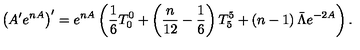
\left( A ^ { \prime } e ^ { n A } \right) ^ { \prime } = e ^ { n A } \left( \frac { 1 } { 6 } T _ { 0 } ^ { 0 } + \left( \frac { n } { 1 2 } - \frac { 1 } { 6 } \right) T _ { 5 } ^ { 5 } + \left( n - 1 \right) \bar { \Lambda } e ^ { - 2 A } \right) .